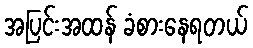
အပြင်းအထန် ခံစားနေရတယ်